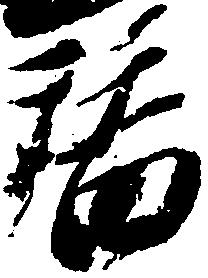
替